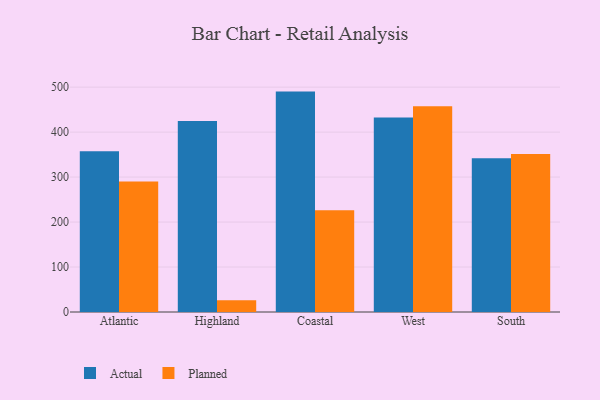
{"axis": {"x": "Region", "y": "Humidity (%)"}, "legend": ["Actual", "Planned"], "data": [{"x": "Atlantic", "y": 357.5, "type": "Actual"}, {"x": "Atlantic", "y": 290.4, "type": "Planned"}, {"x": "Highland", "y": 424.8, "type": "Actual"}, {"x": "Highland", "y": 26.2, "type": "Planned"}, {"x": "Coastal", "y": 490.1, "type": "Actual"}, {"x": "Coastal", "y": 226.2, "type": "Planned"}, {"x": "West", "y": 432.6, "type": "Actual"}, {"x": "West", "y": 457.8, "type": "Planned"}, {"x": "South", "y": 341.9, "type": "Actual"}, {"x": "South", "y": 351.5, "type": "Planned"}]}